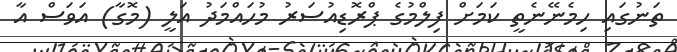
ތަނުގައި ހިމެނޭނެތީ ކަމަށް ފިލްމުގެ ޕްރޮޑިއުސަރު މުހައްމަދު އަލީ (މޮގާ) އަވަސް އާ